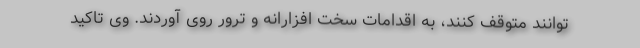
توانند متوقف کنند، به اقدامات سخت افزارانه و ترور روی آوردند. وی تاکید